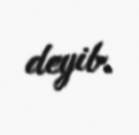
deyib.